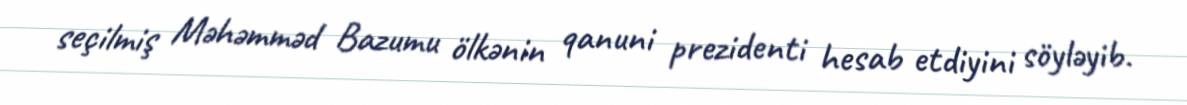
seçilmiş Məhəmməd Bazumu ölkənin qanuni prezidenti hesab etdiyini söyləyib.